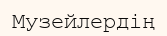
Музейлердің